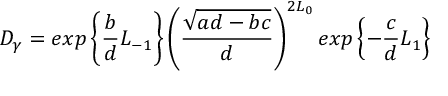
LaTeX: D _ { \gamma } = e x p \left\{ \frac { b } { d } L _ { - 1 } \right\} \left( \frac { \sqrt { a d - b c } } { d } \right) ^ { 2 L _ { 0 } } e x p \left\{ - \frac { c } { d } L _ { 1 } \right\}